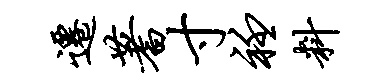
迁蓍寸衽料